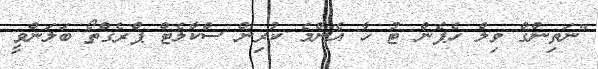
"ނަތިންގް ވިލް ހެޕެން ޓު ހާ އެންމެ ކުރިން ސްކާލެޓް ޕްރެގްތޯ ބަލަންވީ